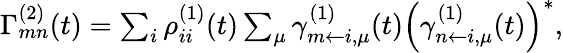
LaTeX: \begin{array}{r}{\Gamma_{mn}^{(2)}(t)=\sum_{i}\rho_{ii}^{(1)}(t)\sum_{\mu}\gamma_{m\leftarrow i,\mu}^{(1)}(t)\left(\gamma_{n\leftarrow i,\mu}^{(1)}(t)\right)^{\ast},}\end{array}